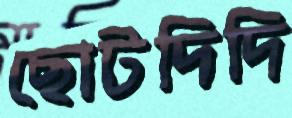
ছোটদিদি